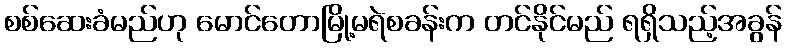
စစ်ဆေးခံမည်ဟု မောင်တောမြို့မရဲစခန်းက တင်နိုင်မည် ရရှိသည့်အခွန်